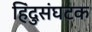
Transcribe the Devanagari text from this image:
हिंदुसंघटक